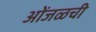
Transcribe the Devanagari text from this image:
ओंजळची